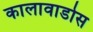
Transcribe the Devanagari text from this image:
कालावाडोस